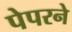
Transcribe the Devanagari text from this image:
पेपरने